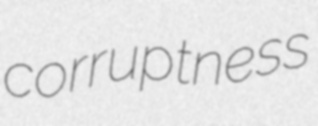
corruptness